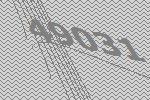
49031